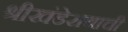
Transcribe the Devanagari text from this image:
श्रीखंडेरायाची